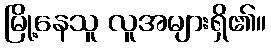
မြို့နေသူ လူအများရှိ၏။